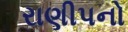
રાણીપનો